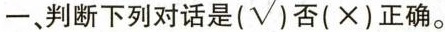
一、判断下列对话是(√)否(×)正确.